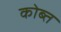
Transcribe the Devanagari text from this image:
कोब्त